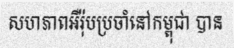
សហភាពអឺរ៉ុបប្រចាំនៅកម្ពុជា បាន